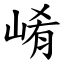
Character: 崤